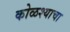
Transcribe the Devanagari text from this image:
कोळश्याचा